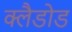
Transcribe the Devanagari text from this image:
क्लैडोड